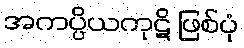
အကပ္ပိယကုဋိ ဖြစ်ပုံ